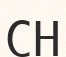
СН